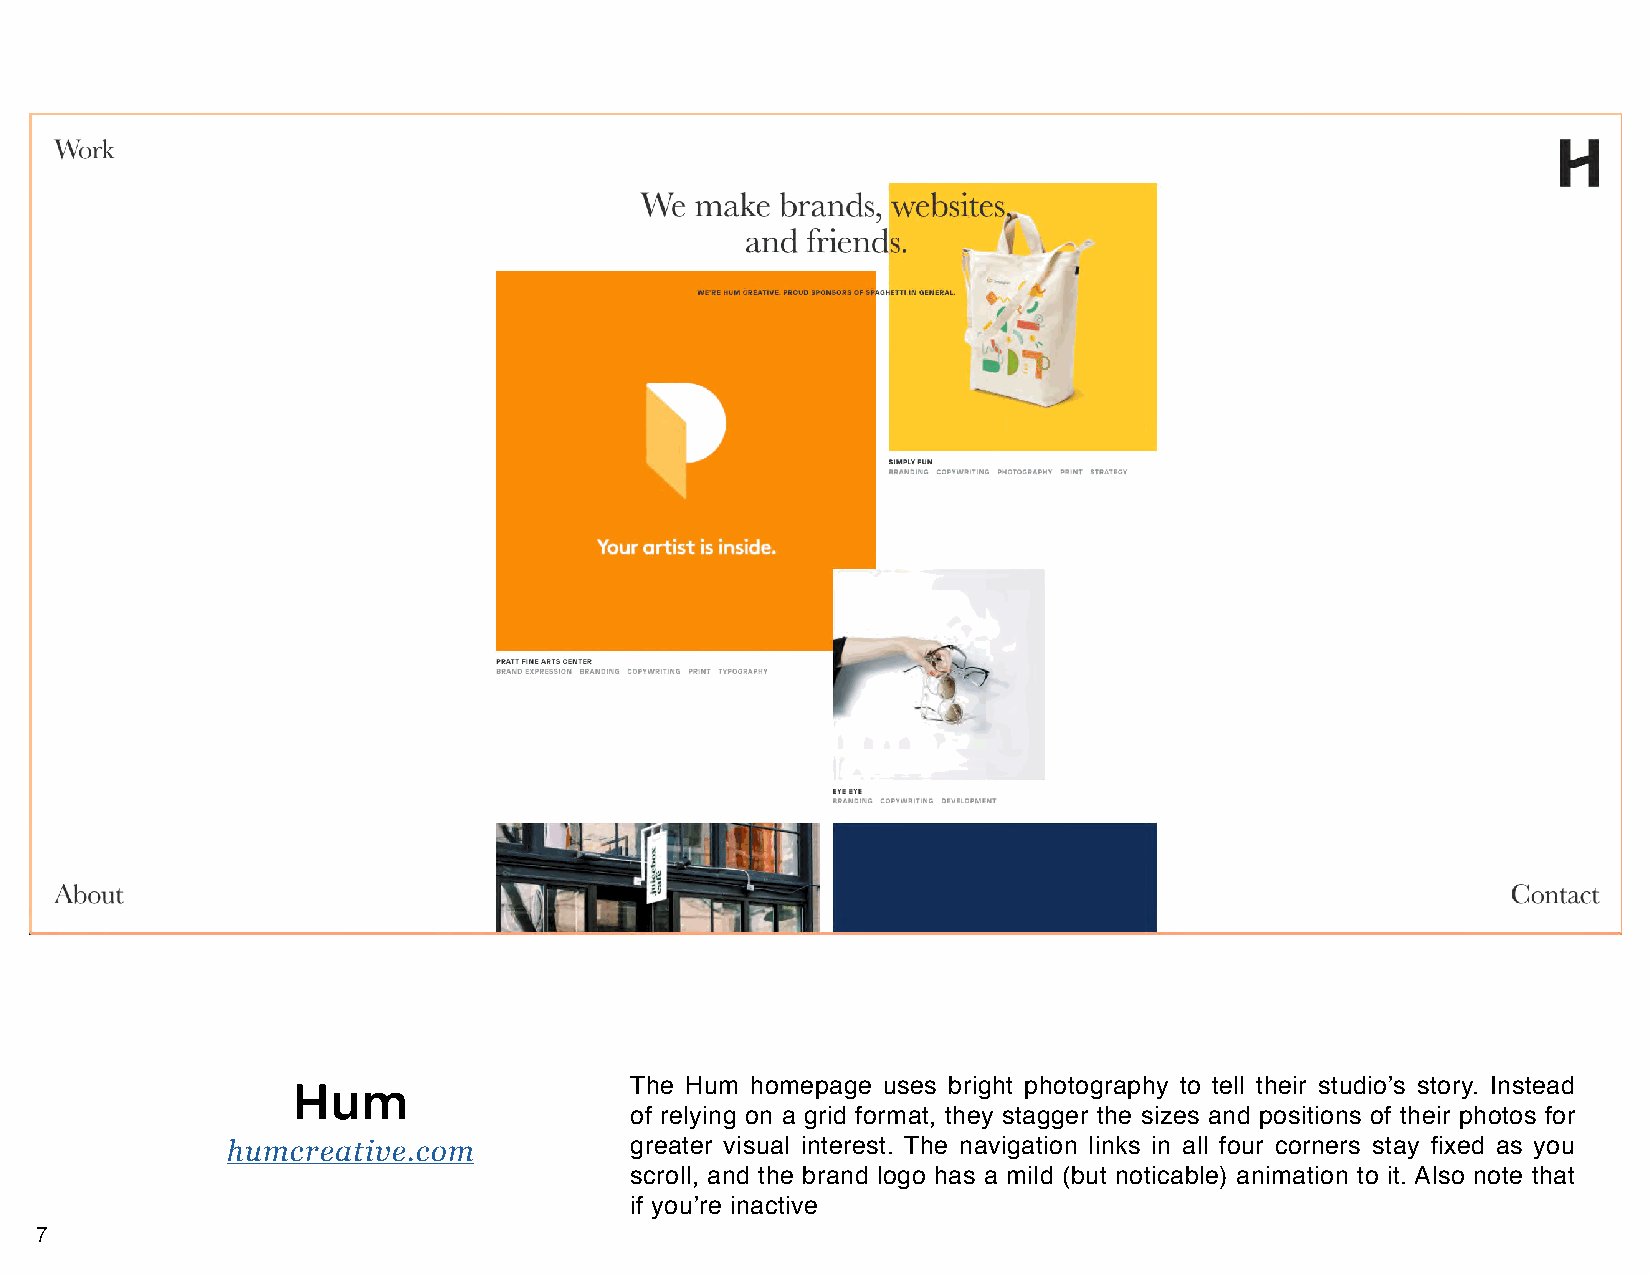
Hum                    The Hum homepage uses bright photography to tell their studio’s story. Instead
 of relying on a grid format, they stagger the sizes and positions of their photos for
 humcreative.com            greater visual interest. The navigation links in all four corners stay fixed as you
 scroll, and the brand logo has a mild (but noticable) animation to it. Also note that
 if you’re inactive
 7